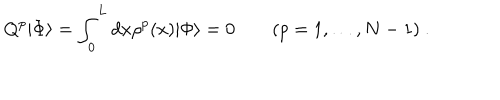
Q ^ { p } | \Phi \rangle = \int _ { 0 } ^ { L } d x \rho ^ { p } ( x ) | \Phi \rangle = 0 \quad \quad ( p = 1 , \ldots , N - 1 ) \ .